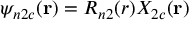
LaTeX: \psi _ { n 2 c } ( \mathbf { r } ) = R _ { n 2 } ( r ) X _ { 2 c } ( \mathbf { r } )